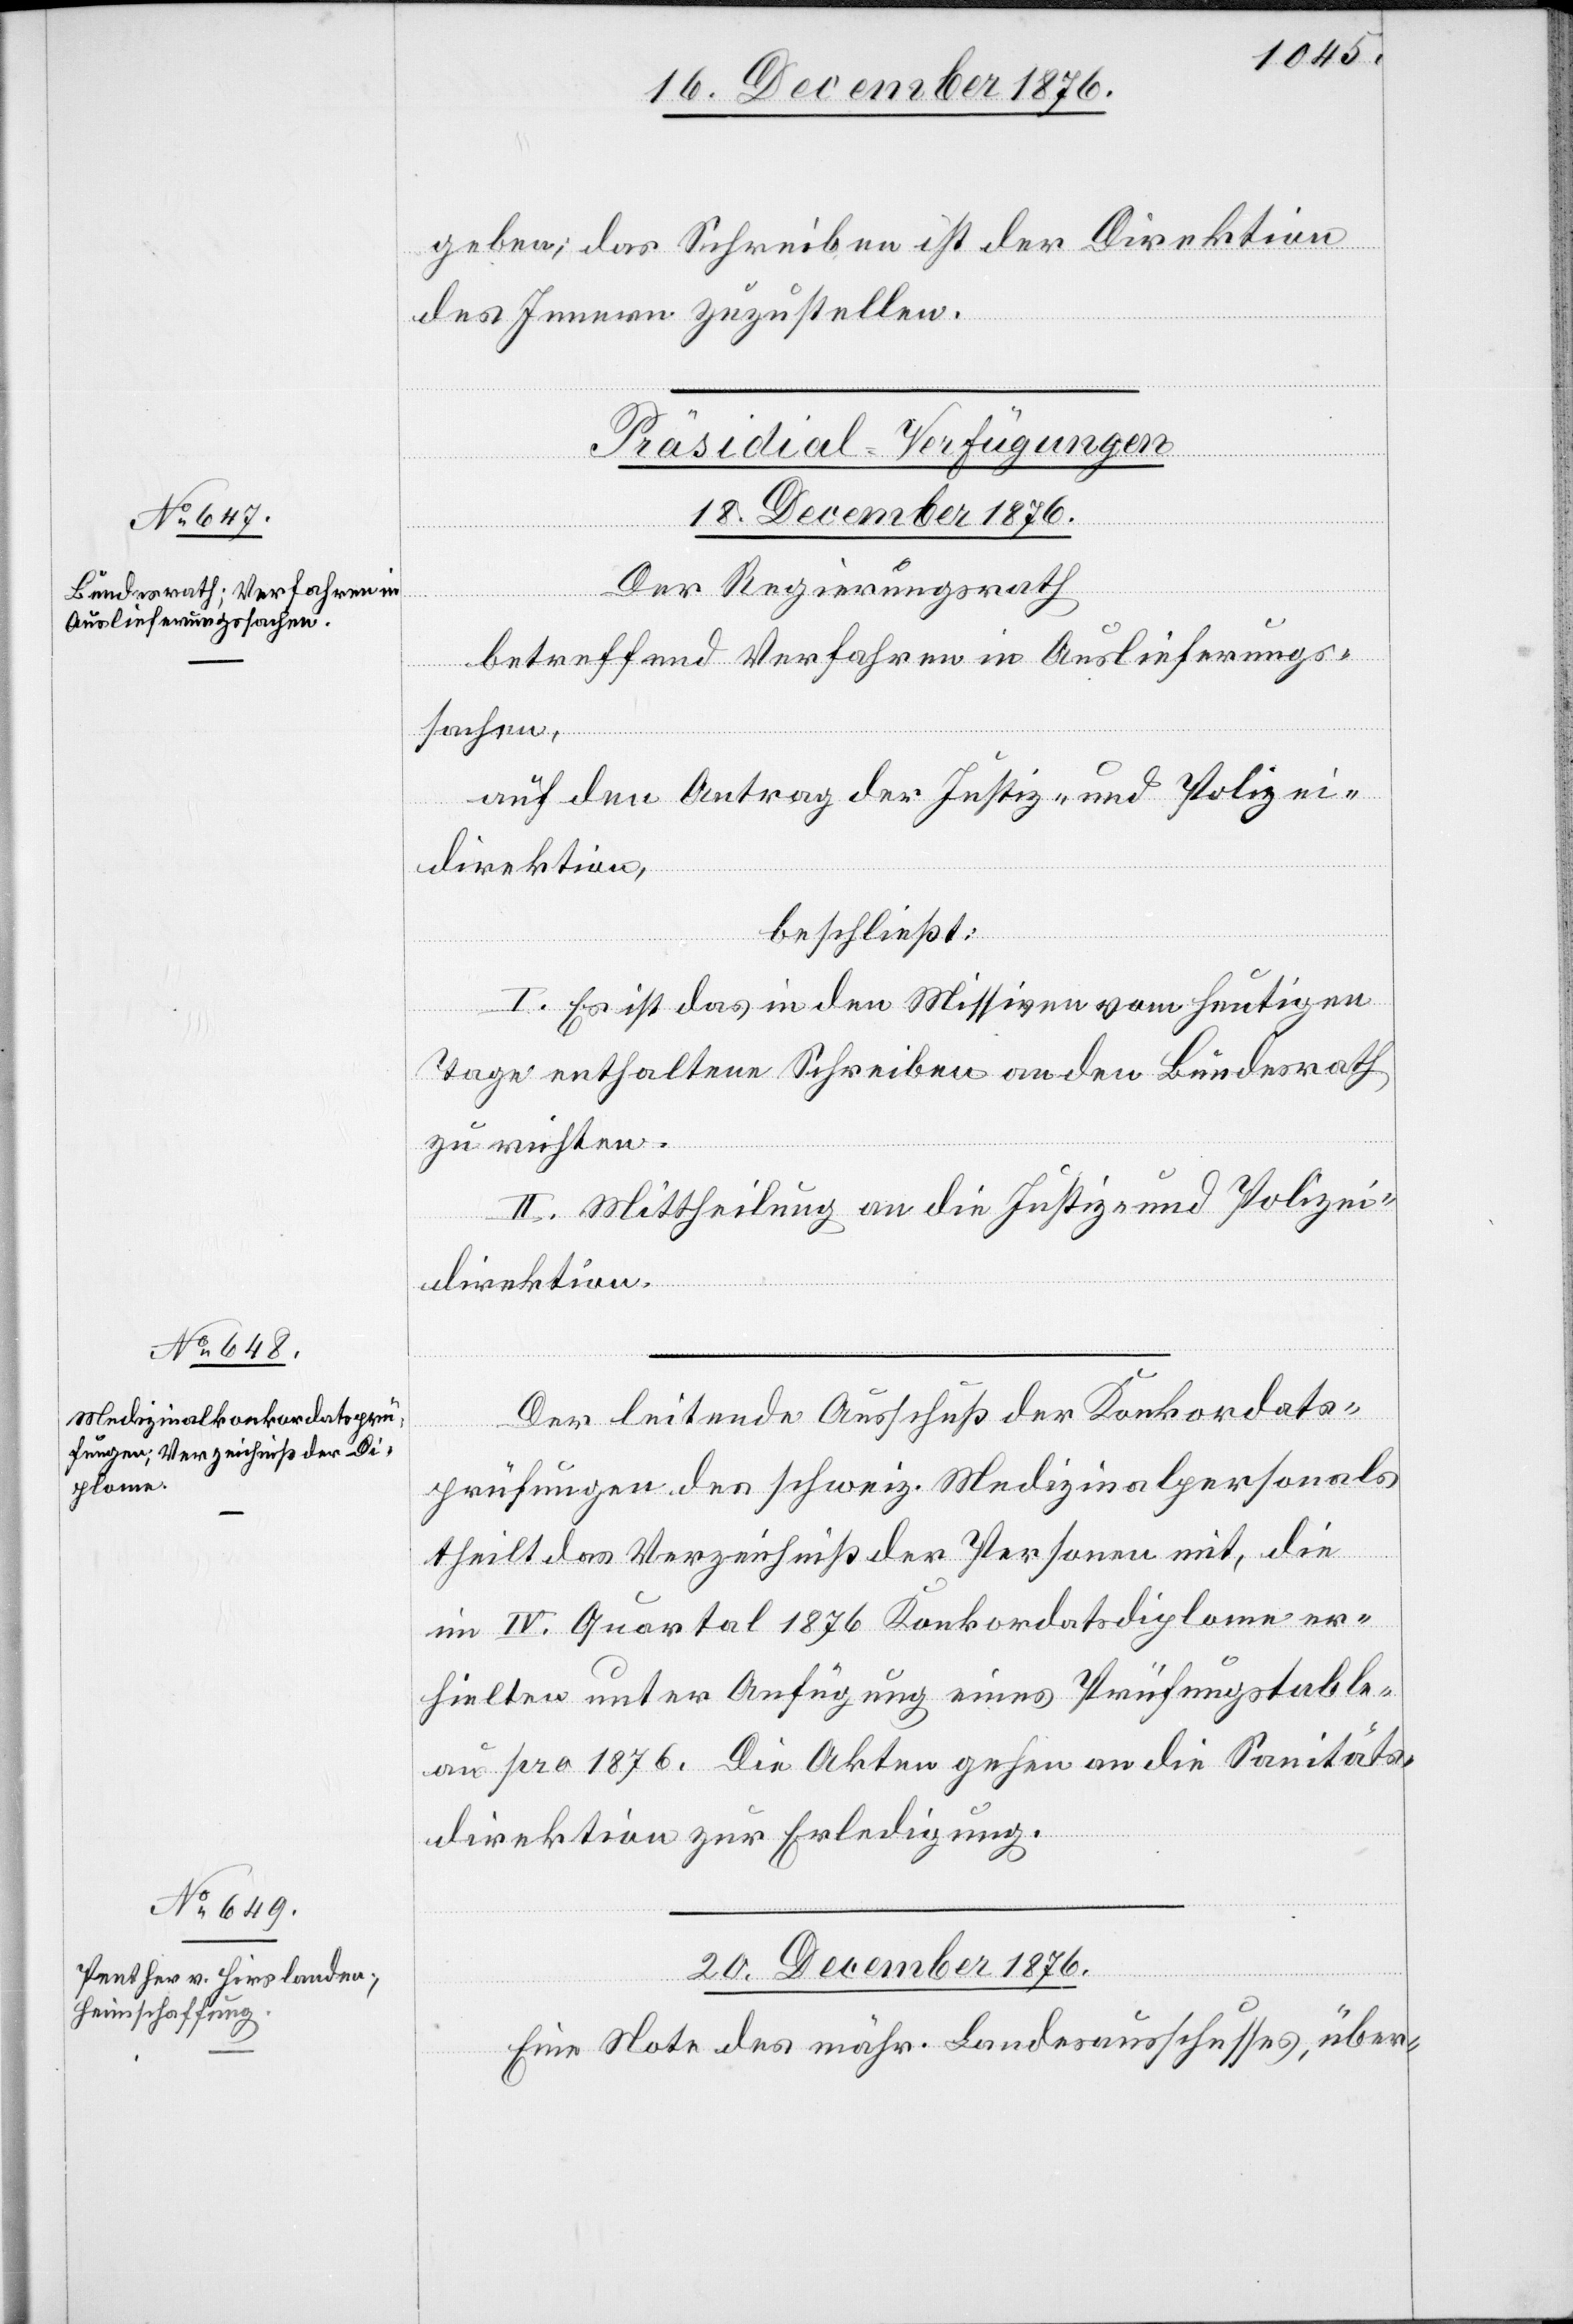
[Präsidial-Verfügungen]
18. December 1876.]
Der Regierungsrath
betreffend Verfahren in Auslieferungs¬
sachen,
auf den Antrag der Justiz- und Polizei¬
direktion,
beschließt:
I. Es ist das in den Missiven vom heutigen
Tage enthaltene Schreiben an den Bundesrath
zu richten.
II. Mittheilung an die Justiz- und Polizei¬
direktion.
Der leitende Ausschuß der Konkordats¬
prüfungen des schweiz. Medizinalpersonals
theilt das Verzeichniß der Personen mit, die
in IV. Quartal 1876 Konkordatsdiplome er¬
hielten unter Anfügung eines Prüfungstable¬
aus pro 1876. Die Akten gehen an die Sanitäts¬
direktion zur Erledigung.
20. December 1876.
Eine Note des mähr. Landesausschusses, über-